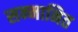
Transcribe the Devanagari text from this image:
सन्‍मानित